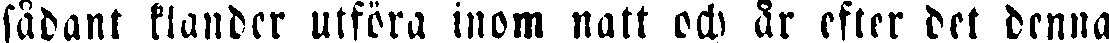
sådant klander utföra inom natt och år efter det denna